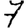
Digit: 7